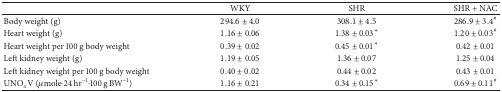
<table><thead><tr><td><b> </b></td><td><b>WKY</b></td><td><b>SHR</b></td><td><b>SHR + NAC</b></td></tr></thead><tbody><tr><td>Body weight (g)</td><td>294.6 ± 4.0</td><td>308.1 ± 4.5</td><td>286.9 ± 3.4<sup>#</sup></td></tr><tr><td>Heart weight (g)</td><td>1.16 ± 0.06</td><td>1.38 ± 0.03*</td><td>1.20 ± 0.03<sup>#</sup></td></tr><tr><td>Heart weight per 100 g body weight</td><td>0.39 ± 0.02</td><td>0.45 ± 0.01*</td><td>0.42 ± 0.01</td></tr><tr><td>Left kidney weight (g)</td><td>1.19 ± 0.05</td><td>1.36 ± 0.07</td><td>1.25 ± 0.04</td></tr><tr><td>Left kidney weight per 100 g body weight</td><td>0.40 ± 0.02</td><td>0.44 ± 0.02</td><td>0.43 ± 0.01</td></tr><tr><td>UNO<sub><i>x</i></sub>V (<i>μ</i>mole·24 hr<sup>−1</sup>·100 g BW<sup>−1</sup>)</td><td>1.16 ± 0.21</td><td>0.34 ± 0.15*</td><td>0.69 ± 0.11<sup>#</sup></td></tr></tbody></table>